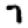
Digit: 7